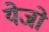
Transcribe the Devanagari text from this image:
येजो